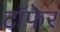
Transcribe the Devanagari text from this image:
टाॅफेर